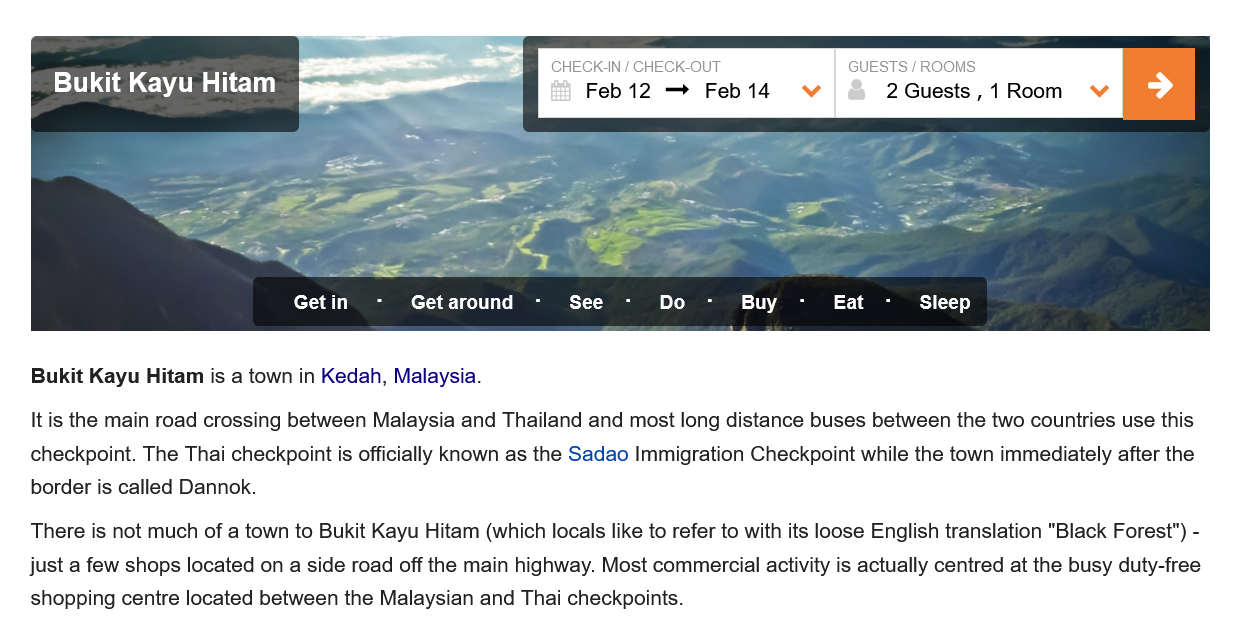
Tec    2 Guests
     ,
     1 Room
   There is not much of a town to Bukit Kayu Hitam (which locals like to refer to with its loose English translation "Black Forest") -
   just a few shops located on a side road off the main highway. Most commercial activity is actually centred at the busy duty-free
   shopping centre located between the Malaysian and Thai checkpoints.
   It is the main road crossing between Malaysia and Thailand and most long distance buses between the two countries use this
   checkpoint. The Thai checkpoint is officially known as the Sadao Immigration Checkpoint while the town immediately after the
   border is called Dannok.
     Getin    Get around    Buy    iia    Sleep
     2 Guests
     ,
     1 Room Feb 14 Feb 12 Tie ie li
   Bukit Kayu Hitam is a town in Kedah, Malaysia.
     See
     GUESTS / ROOMS CHECK-IN / CHECK-OUT